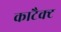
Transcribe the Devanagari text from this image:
काटैक्ट